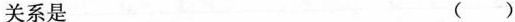
关系是 （ ）